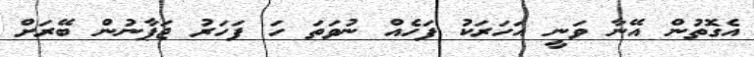
އެގޮތުން އޭނާ ވަނީ އަހަރަކު ފަހެއް ނުވަތަ ހަ ފަހަރު ޖަޕާނުން ބޭރަށް